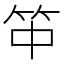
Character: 𥫯